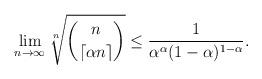
LaTeX: \begin{align*} \lim_{n\rightarrow\infty}\sqrt[n]{\binom{n}{\lceil \alpha n \rceil}} \le\frac{1}{\alpha^{\alpha}(1-\alpha)^{1-\alpha}}. \end{align*}